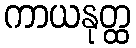
ကာယနုတ္ထ